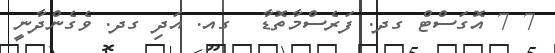
7 7 އޮގަސްޓް ގދ. ފަރެސްމާތޮޑާ  ގއ. އަދި ގދ. ވެގެންދާނީ